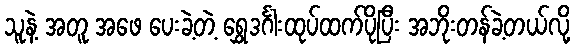
သူနဲ့ အတူ အဖေ ပေးခဲ့တဲ့ ရွှေဒင်္ဂါးထုပ်ထက်ပိုပြီး အဘိုးတန်ခဲ့တယ်လို့